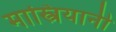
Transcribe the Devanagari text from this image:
मास्त्रियानी